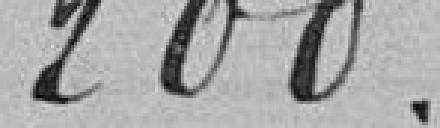
200